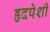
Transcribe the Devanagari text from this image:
हृदपेशी